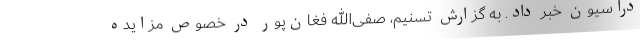
دراسیون خبر داد. به گزارش تسنیم، صفی‌الله فغان‌پور در خصوص مزایده